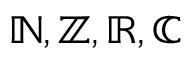
\mathbb { N , Z , R , C }